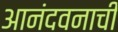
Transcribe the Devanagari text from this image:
आनंदवनाची